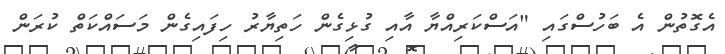
އެގޮތުން އެ ބަހުސްގައި "އަސްކަރިއްޔާ އާއި ގުޅިގެން ހަތިޔާރު ހިފައިގެން މަސައްކަތް ކުރަން